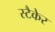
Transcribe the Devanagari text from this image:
स्टैकेर